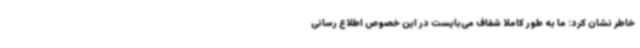
خاطر نشان کرد: ما به طور کاملا شفاف می‌بایست در این خصوص اطلاع رسانی